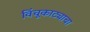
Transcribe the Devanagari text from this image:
विंचूकाट्याचा